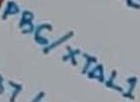
Text: PB6/XTAL1